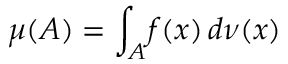
\mu ( A ) = \int _ { A } \! f ( x ) \, d \nu ( x )